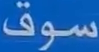
سوق